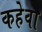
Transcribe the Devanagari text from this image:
कहेवा